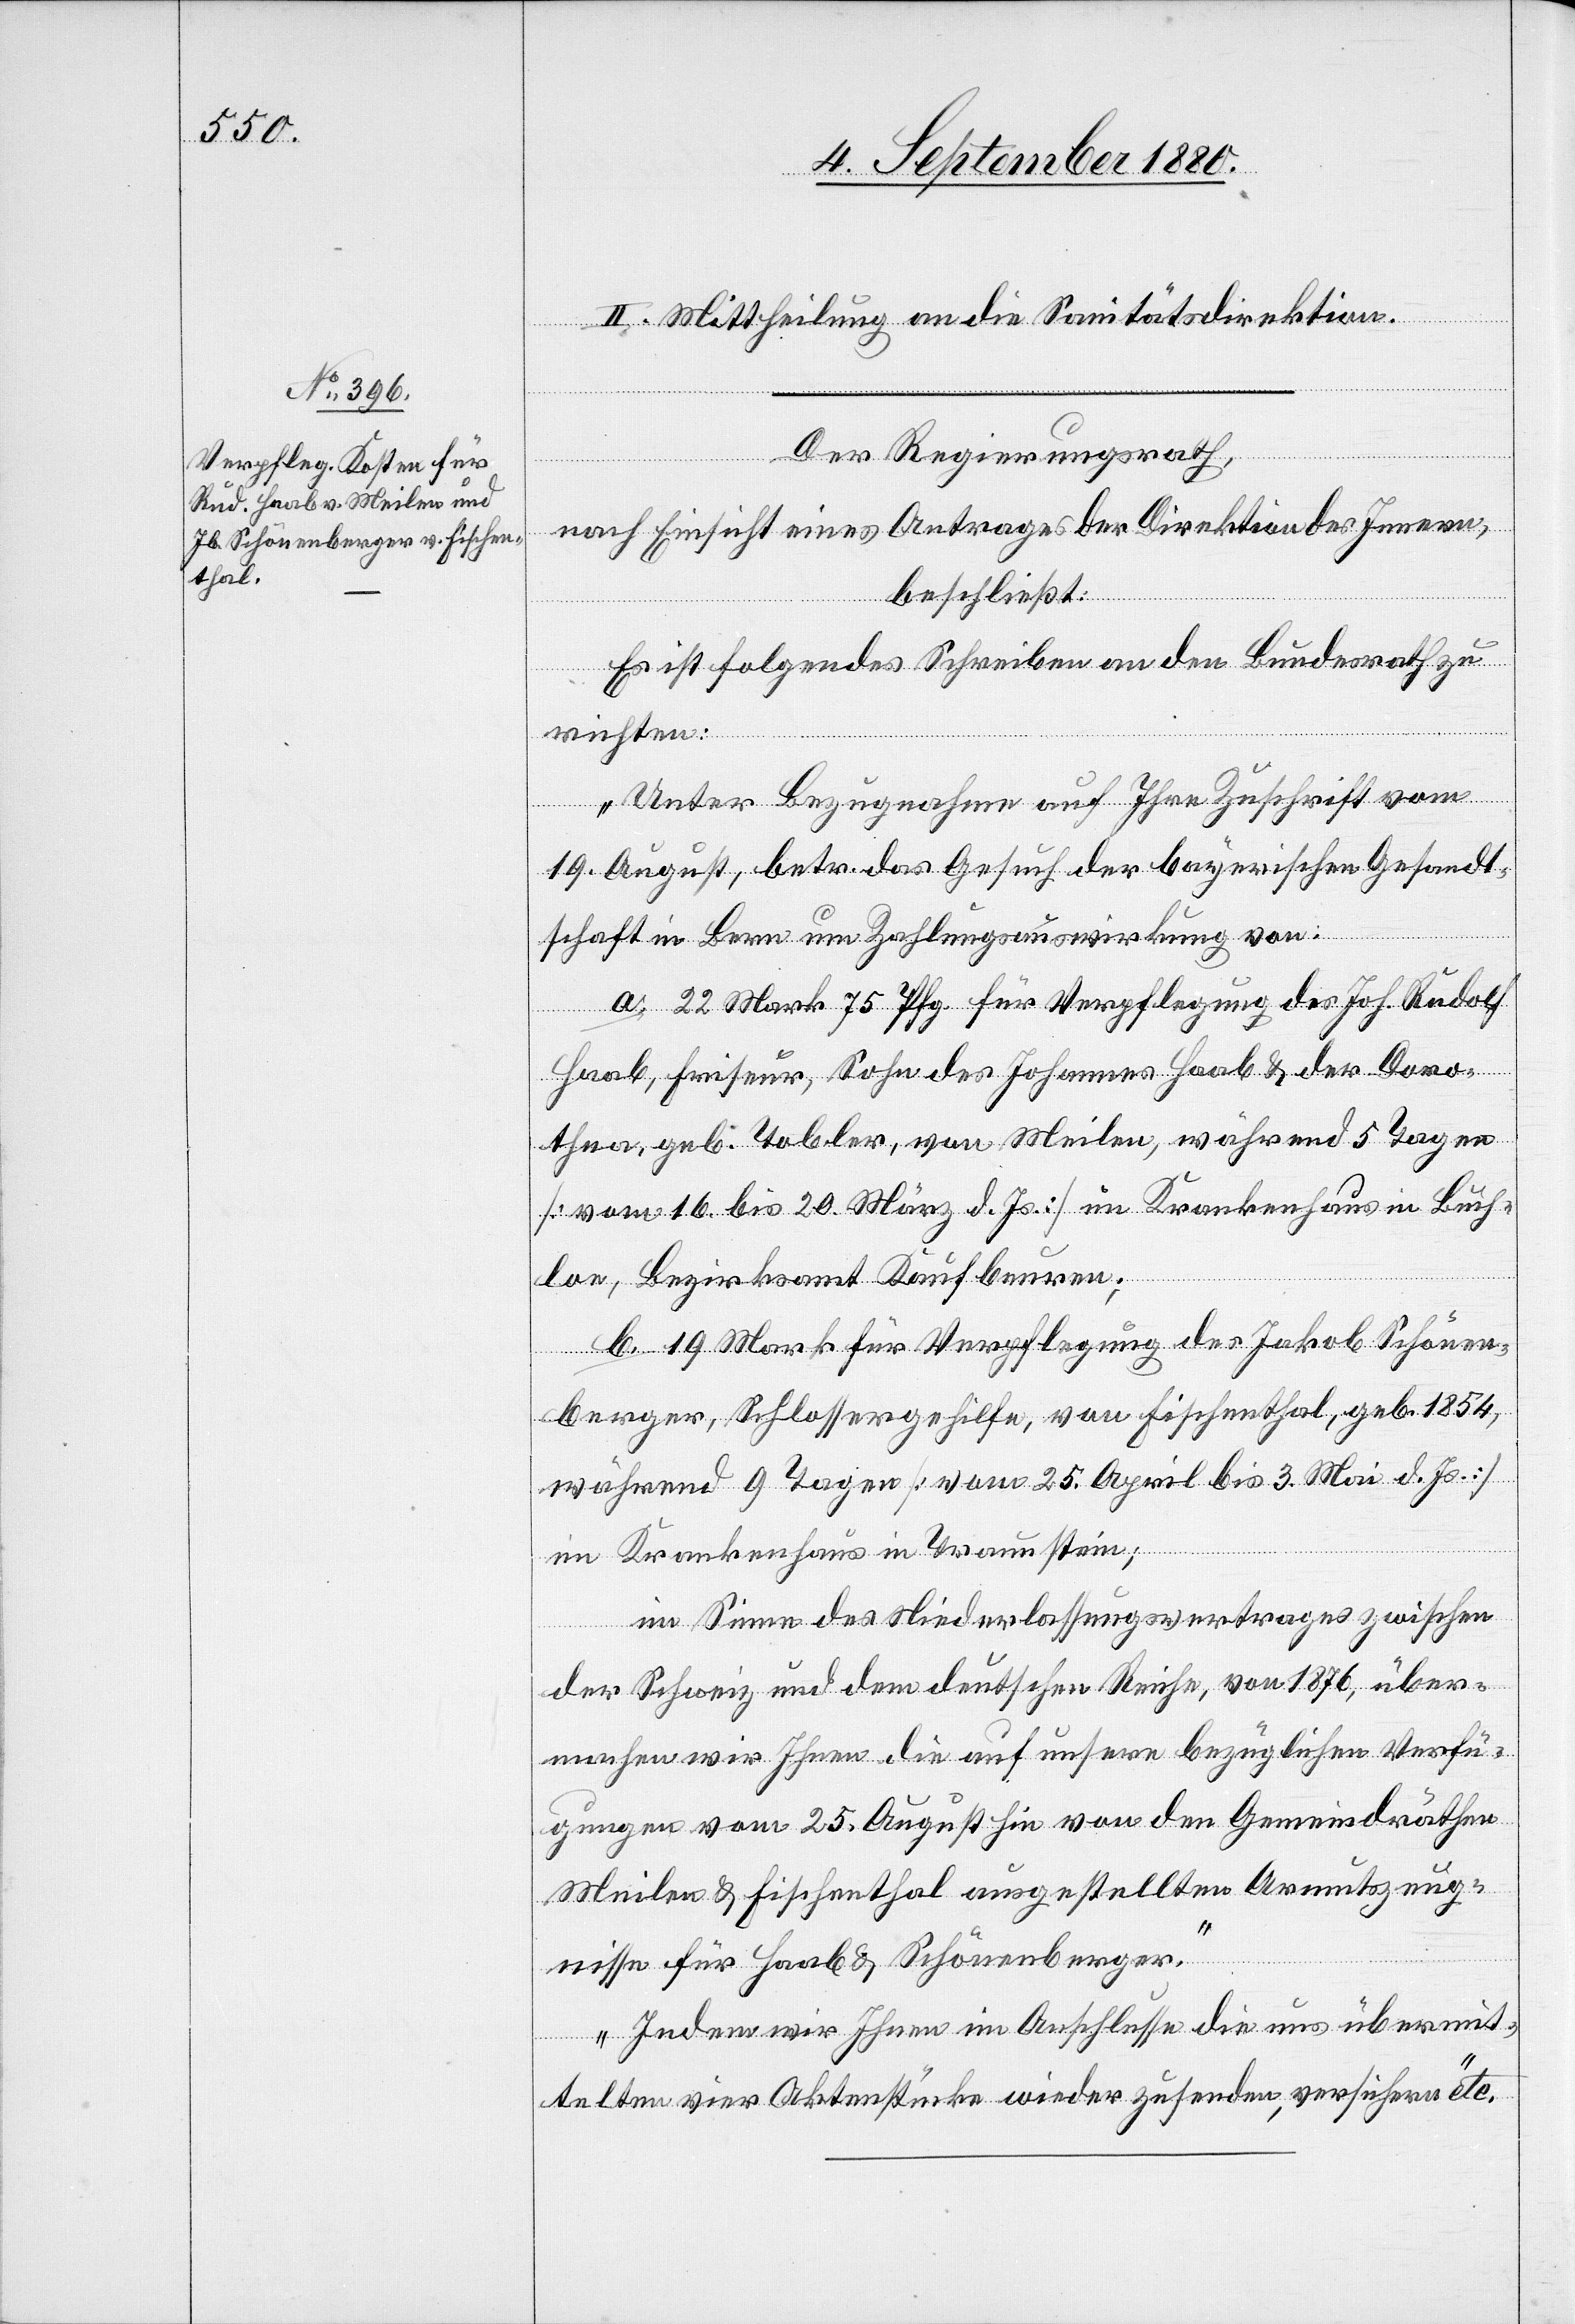
II. Mittheilung an die Sanitätsdirektion.
Der Regierungsrath,
nach Einsicht eines Antrages der Direktion des Innern
beschließt:
Es ist folgendes Schreiben an den Bundesrath zu
richten:
„Unter Bezugnahme auf Ihre Zuschrift vom
19. August, betr. das Gesuch der bayerischen Gesandt¬
schaft in Bern um Zahlungsauswirkung von:
a. 22 Mark 75 Pfg. für Verpflegung des Joh. Rudolf
Haab, Friseur, Sohn des Johannes Haab & der Doro¬
thea, geb. Tobler, von Meilen, während 5 Tagen
[vom 16. bis 20. März d. Js.] im Krankenhaus in Buch¬
loe, Bezirksamt Kaufbeuren;
b. 19 Mark für Verpflegung des Jakob Schönen¬
berger, Schlossergehilfe, von Fischenthal, geb. 1854,
während 9 Tagen [vom 25. April bis 3. Mai d. Js.]
im Krankenhaus in Traunstein;
im Sinne des Niederlassungsvertrages zwischen
der Schweiz und dem deutschen Reiche, von 1876, über¬
machen wir Ihnen die auf unsere bezüglichen Verfü¬
gungen vom 25 August hin von den Gemeindräthen
Meilen & Fischenthal ausgestellten Armutszeug¬
nisse für Haab & Schönenberger.
Indem wir Ihnen im Anschlusse die uns übermit¬
telten vier Aktenstücke wieder zusenden, versichern“ etc.